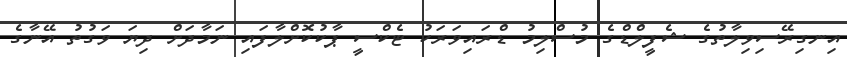
އިނގިރޭސިވިލާތުގެ ޝެފީލްޑްގެ މުސްލިމު ޑްރައިވަރަކު ޓެކްސީ ޕާކުކޮށްލާފައި ނަމާދަށް ދިޔަ ވަގުތު އޭނާގެ